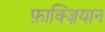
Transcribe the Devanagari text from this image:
फ़ाक्ज़ियान